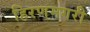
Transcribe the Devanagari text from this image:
हिरणमगरी